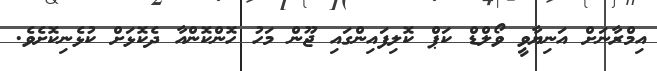
އިމްރާނަށް އަނިޔާވީ ވޯލްޑް ކަޕް ކޮލިފައިންގައި ޖޫން މަހު ހޮންކޮންއާ ދެކޮޅަށް ކުޅެނިކޮށެވެ.